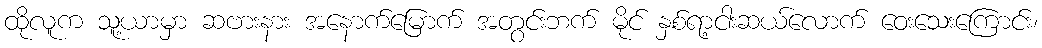
ထိုလူက သူ့ယာမှာ ဆဗားနား အနောက်မြောက် အတွင်းဘက် မိုင် နှစ်ရာ့ငါးဆယ်လောက် ဝေးသေးကြောင်း၊